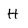
Character: H